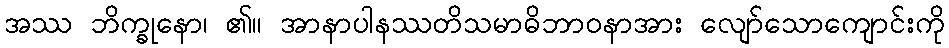
အဿ ဘိက္ခုနော၊ ၏။ အာနာပါနဿတိသမာဓိဘာဝနာအား လျော်သောကျောင်းကို